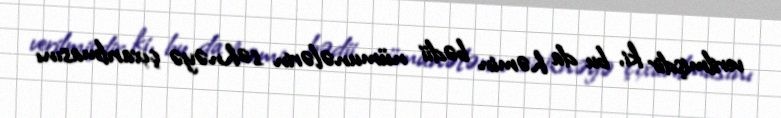
verilmişdir ki, bu da həmin bədii nümunələrin səhnəyə çıxarılmasını